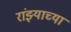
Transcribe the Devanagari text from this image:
रांझ्याच्या